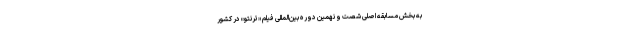
به بخش مسابقه اصلی شصت و نهمین دوره بین‌المللی فیلم «ترنتو» در کشور